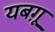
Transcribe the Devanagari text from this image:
यबग़ू